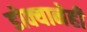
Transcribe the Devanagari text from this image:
डोक्यानेही